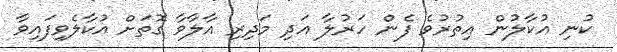
ކުނި އުކާލުން އިތުރުވެ ފެން ހަރުލާ އަދި މަދިރި އާލާވާ ގޮތަށް އުކާލެވިފައިވާ